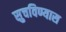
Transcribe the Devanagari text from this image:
सुचविण्यास